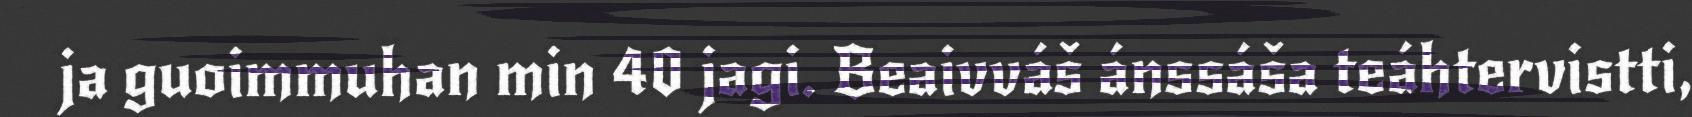
ja guoimmuhan min 40 jagi. Beaivváš ánssáša teáhtervistti,